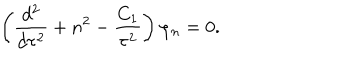
\left( { \frac { d ^ { 2 } } { d \tau ^ { 2 } } } + n ^ { 2 } - { \frac { C _ { 1 } } { \tau ^ { 2 } } } \right) \varphi _ { n } = 0 .